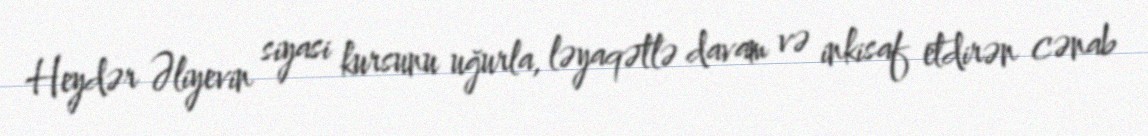
Heydər Əliyevin siyasi kursunu uğurla, ləyaqətlə davam və inkisaf etdirən cənab